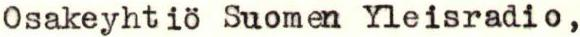
Osakeyhtiö Suomen Yleisradio ,